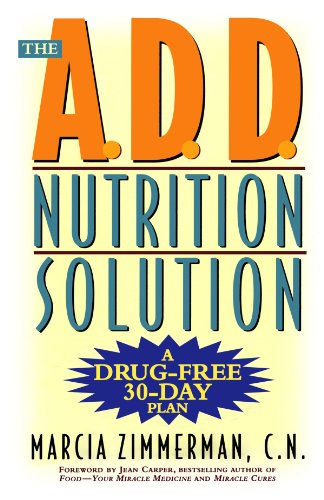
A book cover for The A.D.D. Nutrition Solution: A Drug-Free 30 Day Plan; Marcia Zimmerman; Health, Fitness & Dieting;